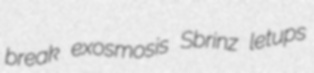
break exosmosis Sbrinz letups